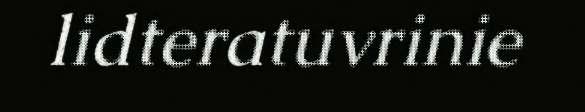
lidteratuvrinie